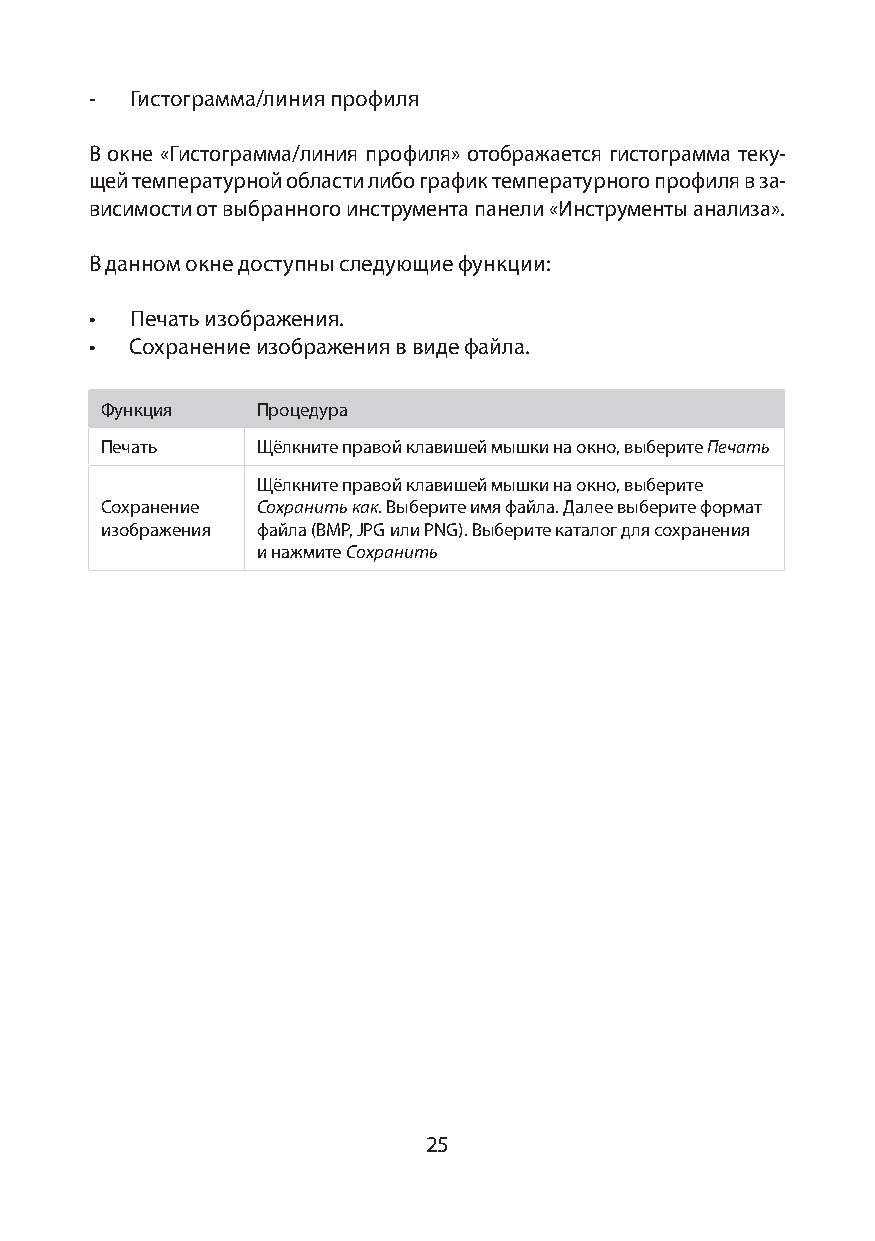
-  Гистограмма/линия профиля
 В окне «Гистограмма/линия профиля» отображается гистограмма теку-
 щей температурной области либо график температурного профиля в за-
 висимости от выбранного инструмента панели «Инструменты анализа».
 В данном окне доступны следующие функции:
 •  Печать изображения.
 •  Сохранение изображения в виде файла.
 Функция   Процедура
 Печать    Щёлкните правой клавишей мышки на окно, выберите Печать
 Щёлкните правой клавишей мышки на окно, выберите
 Сохранение Сохранить как. Выберите имя файла. Далее выберите формат
 изображения файла (BMP, JPG или PNG). Выберите каталог для сохранения
 и нажмите Сохранить
 25